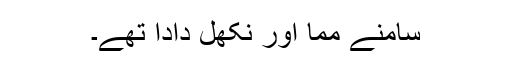
سامنے مما اور نِکھل دادا تھے۔